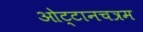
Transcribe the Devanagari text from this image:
ओट्टानचत्रम